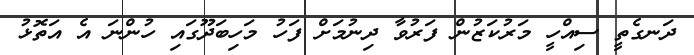
ދަނގެތީ ސިއްހީ މަރުކަޒުން ފަރުވާ ދިނުމަށް ފަހު މަހިބަދޫގައި ހުންނަ އެ އަތޮޅު